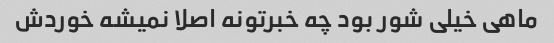
ماهی خیلی شور بود چه خبرتونه اصلا نمیشه خوردش